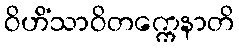
ဝိဟိံသာဝိတက္ကေနာတိ